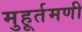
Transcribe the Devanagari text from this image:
मुहूर्तमणी